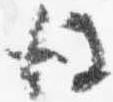
後